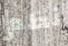
نظم